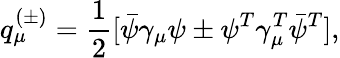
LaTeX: q_{\mu}^{(\pm)}=\frac{1}{2}[\bar{\psi}\gamma_{\mu}\psi\pm\psi^{T}\gamma_{\mu}^{T}\bar{\psi}^{T}],